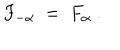
F _ { - \alpha } ~ = ~ F _ { \alpha } ~ .